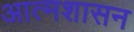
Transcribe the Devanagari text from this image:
आत्मशासन